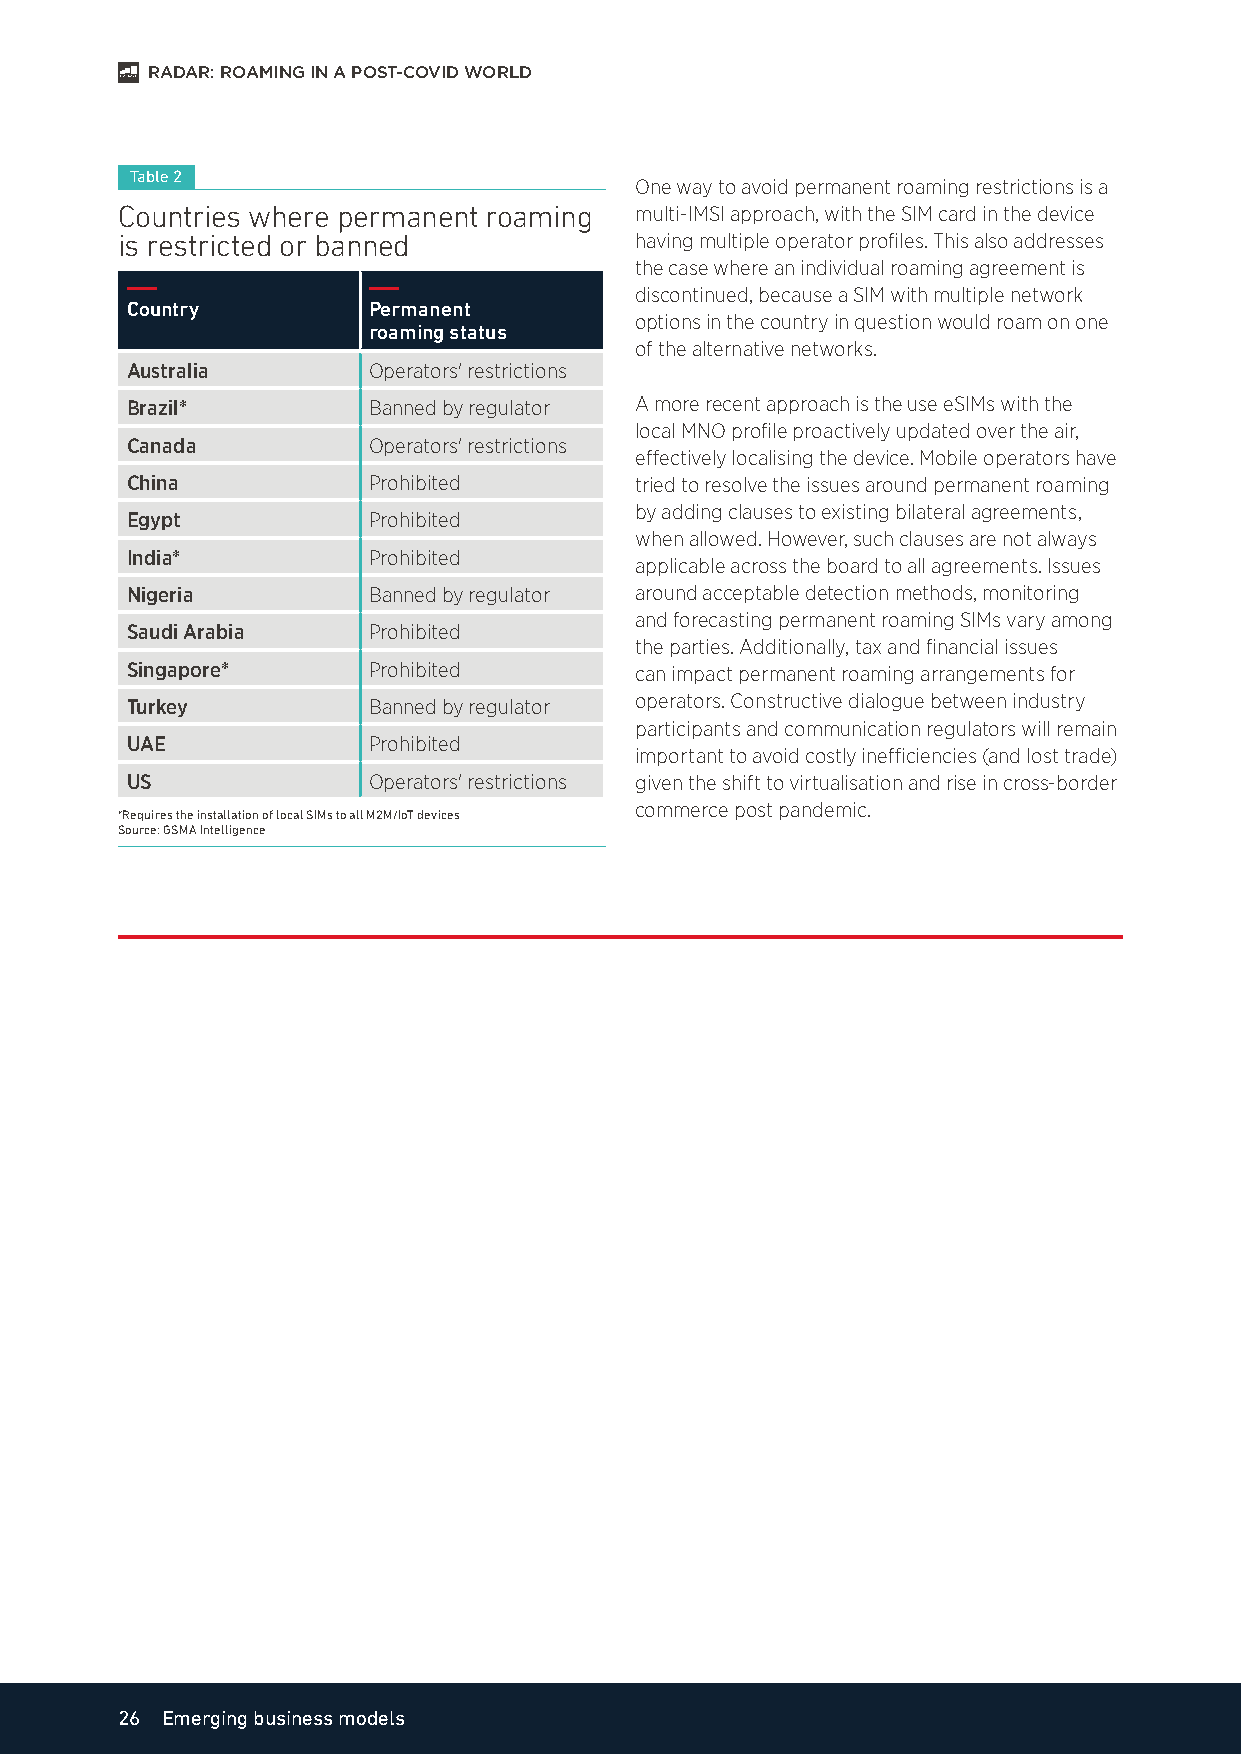
RADAR: ROAMING IN A POST-COVID WORLD
 Table 2
 One way to avoid permanent roaming restrictions is a
 Countries where permanent roaming multi-IMSI approach, with the SIM card in the device
 is restricted or banned           having multiple operator profiles. This also addresses
 the case where an individual roaming agreement is
 discontinued, because a SIM with multiple network
 Country         Permanent
 options in the country in question would roam on one
 roaming status
 of the alternative networks.
 Australia       Operators' restrictions
 Brazil*         Banned by regulator A more recent approach is the use eSIMs with the
 local MNO profile proactively updated over the air,
 Canada          Operators' restrictions
 effectively localising the device. Mobile operators have
 China           Prohibited        tried to resolve the issues around permanent roaming
 by adding clauses to existing bilateral agreements,
 Egypt           Prohibited
 when allowed. However, such clauses are not always
 India*          Prohibited
 applicable across the board to all agreements. Issues
 Nigeria         Banned by regulator around acceptable detection methods, monitoring
 and forecasting permanent roaming SIMs vary among
 Saudi Arabia    Prohibited
 the parties. Additionally, tax and financial issues
 Singapore*      Prohibited        can impact permanent roaming arrangements for
 Turkey          Banned by regulator operators. Constructive dialogue between industry
 participants and communication regulators will remain
 UAE             Prohibited
 important to avoid costly inefficiencies (and lost trade)
 US              Operators' restrictions given the shift to virtualisation and rise in cross-border
 commerce post pandemic.
 *Requires the installation of local SIMs to all M2M/IoT devices
 Source: GSMA Intelligence
 26 Emerging business models